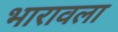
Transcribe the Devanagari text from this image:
भारावला